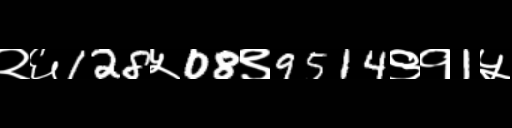
Text: २६128५08९9514९१1५